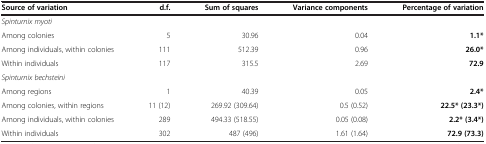
<table><thead><tr><td><b>Source of variation</b></td><td><b>d.f.</b></td><td><b>Sum of squares</b></td><td><b>Variance components</b></td><td><b>Percentage of variation</b></td></tr></thead><tbody><tr><td><i>Spinturnix myoti</i></td><td> </td><td> </td><td> </td><td> </td></tr><tr><td>Among colonies</td><td>5</td><td>30.96</td><td>0.04</td><td><b>1.1*</b></td></tr><tr><td>Among individuals, within colonies</td><td>111</td><td>512.39</td><td>0.96</td><td><b>26.0*</b></td></tr><tr><td>Within individuals</td><td>117</td><td>315.5</td><td>2.69</td><td><b>72.9</b></td></tr><tr><td><i>Spinturnix bechsteini</i></td><td> </td><td> </td><td> </td><td> </td></tr><tr><td>Among regions</td><td>1</td><td>40.39</td><td>0.05</td><td><b>2.4*</b></td></tr><tr><td>Among colonies, within regions</td><td>11 (12)</td><td>269.92 (309.64)</td><td>0.5 (0.52)</td><td><b>22.5* (23.3*)</b></td></tr><tr><td>Among individuals, within colonies</td><td>289</td><td>494.33 (518.55)</td><td>0.05 (0.08)</td><td><b>2.2* (3.4*)</b></td></tr><tr><td>Within individuals</td><td>302</td><td>487 (496)</td><td>1.61 (1.64)</td><td><b>72.9 (73.3)</b></td></tr></tbody></table>